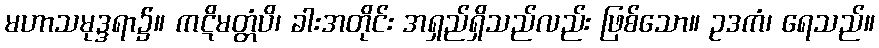
မဟာသမုဒ္ဒရာ၌။ ကဋိမတ္တံပိ၊ ခါးအတိုင်း အရှည်ရှိသည်လည်း ဖြစ်သော။ ဥဒကံ၊ ရေသည်။